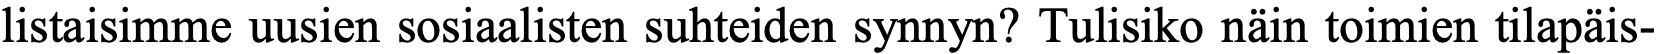
listaisimme uusien sosiaalisten suhteiden synnyn? Tulisiko näin toimien tilapäis-